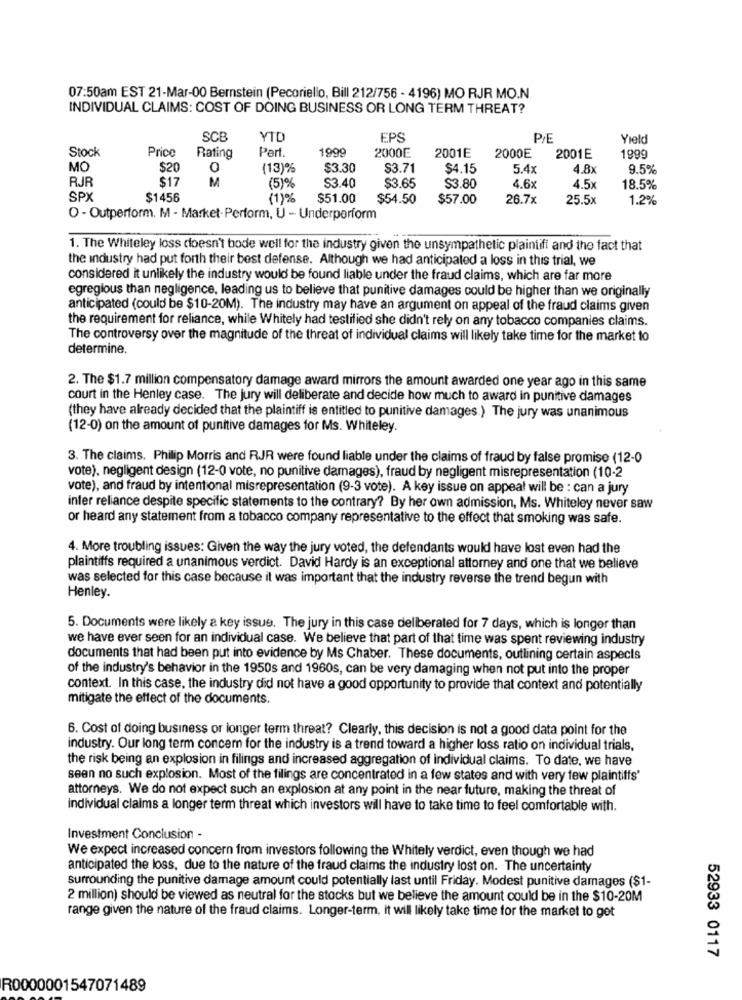
07:50am EST 21-Mar-00 Bernstein (Pecoriello, Bill 212/756 - 4196) MO RJR MO.N
INDIVIDUAL CLAIMS: COST OF DOING BUSINESS OR LONG TERM THREAT?
SCE
VID
EPS
PIE
Yield
Stock
Price
Part
1990
2000E
Rating
2001E
2000E
2001E
1999
MO
$20
0
(13)%
$3.30
$3.71
$4.15
5.4x
4.8x
9.5%
RJR
$17
M
(5)%
$3.40
$3.65
$3.80
4.6x
4.5x
18.5%
SPX
$1456
(1)%
$51.00
$54.50
$57.00
26.7x
25.5x
1.2%
O - Outperform. M - Market Perform, U - Underperform
1. The Whiteley loss doesn't bode well for the industry given the unsympathetic plaintifi and the fact that
the industry had put forth their best defense. Although we had anticipated a loss in this trial, we
considered it unlikely the industry would be found liable under the fraud claims, which are far more
egregious than negligence, leading us to believe that punitive damages could be higher than we originally
anticipated (could be $10-20M). The industry may have an argument on appeal of the fraud claims given
the requirement for reliance, while Whitely had testified she didn't rely on any tobacco companies claims.
The controversy over the magnitude of the threat of individual claims will likely take time for the market to
determine.
2. The $1.7 million compensatory damage award mirrors the amount awarded one year ago in this same
court in the Henley case. The jury will deliberate and decide how much to award in punitive damages
(they have already decided that the plaintiff is entitled to punitive damages.) The jury was unanimous
(12-0) on the amount of punitive damages for Ms. Whiteley.
3. The claims. Philip Morris and RJR were found liable under the claims of fraud by false promise (12-0
vote), negligent design (12-0 vote, no punitive damages), fraud by negligent misrepresentation (10-2
vote), and fraud by intentional misrepresentation (9-3 vote). A key issue on appeal will be : can a jury
infer reliance despite specific statements to the contrary? By her own admission, Ms. Whiteley never saw
or heard any statement from a tobacco company representative to the effect that smoking was safe.
4. More troubling issues: Given the way the jury voted, the defendants would have lost even had the
plaintiffs required a unanimous verdict. David Hardy is an exceptional attorney and one that we believe
was selected for this case because it was important that the industry reverse the trend begun with
Henley.
5. Documents were likely a key issue. The jury in this case deliberated for 7 days, which is longer than
we have ever seen for an individual case. We believe that part of that time was spent reviewing industry
documents that had been put into evidence by Ms Chaber. These documents, outlining certain aspects
of the industry's behavior in the 1950s and 1960s, can be very damaging when not put into the proper
context. In this case, the industry did not have a good opportunity to provide that context and potentially
mitigate the effect of the documents.
6. Cost of doing business or longer term threat? Clearly, this decision is not a good data point for the
industry. Our long term concern for the industry is a trend toward a higher loss ratio on individual trials,
the risk being an explosion in filings and increased aggregation of individual claims. To date, we have
seen no such explosion. Most of the filings are concentrated in a few states and with very few plaintiffs'
attorneys. We do not expect such an explosion at any point in the near future, making the threat of
individual claims a longer term threat which investors will have to take time to feel comfortable with.
Investment Conclusion -
We expect increased concern from investors following the Whitely verdict, even though we had
anticipated the loss, due to the nature of the fraud claims the industry lost on. The uncertainty
surrounding the punitive damage amount could potentially last until Friday. Modest punitive damages ($1-
2 million) should be viewed as neutral for the stocks but we believe the amount could be in the $10-20M
range given the nature of the fraud claims. Longer-term, it will likely take time for the market to get
52933 0117
R0000001547071489